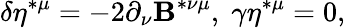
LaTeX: \delta\eta^{*\mu}=-2\partial_{\nu}\mathbf{B}^{*\nu\mu},\; \gamma\eta^{*\mu}=0,